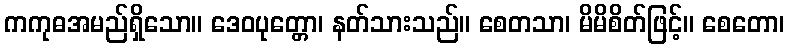
ကကုဓအမည်ရှိသော။ ဒေဝပုတ္တော၊ နတ်သားသည်။ စေတသာ၊ မိမိစိတ်ဖြင့်။ စေတော၊